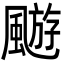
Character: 𩘓